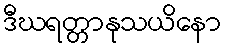
ဒီဃရတ္တာနုသယိနော